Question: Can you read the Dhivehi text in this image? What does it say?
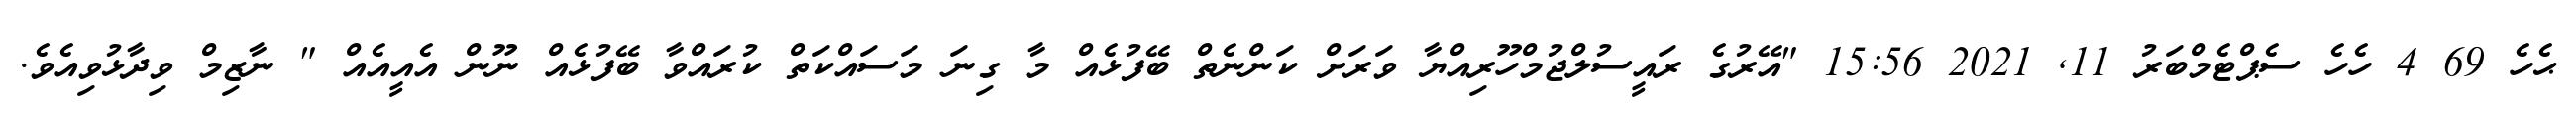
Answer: ޙެހެ 69 4 ހެހެ ސެޕްޓެމްބަރު 11, 2021 15:56 "އޭރުގެ ރައީސުލްޖުމްހޫރިއްޔާ ވަރަށް ކަންނެތް ބޭފުޅެއް މާ ގިނަ މަސައްކަތް ކުރައްވާ ބޭފުޅެއް ނޫން އެއީއެއް " ނާޒިމް ވިދާޅުވިއެވެ.